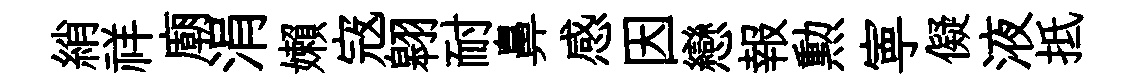
綃祥廟涓嬾𡨥翱耐鼻感因戀報勲寕儗液抵